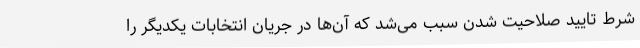
شرط تایید صلاحیت شدن سبب می‌شد که آن‌ها در جریان انتخابات یکدیگر را